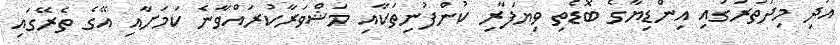
އަދި މިދަތުރުގައި އިންޑިޔާގެ ބޮޑެތި ވިޔަފާރި ކުންފުނިތަކާއި މަޝްވަރާކުރައްވާނެ ކަމަށާއި އޭގެ ތެރޭގައި